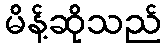
မိန့်ဆိုသည်